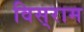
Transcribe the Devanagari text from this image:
विस्‌राम